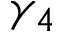
\gamma _ { 4 }